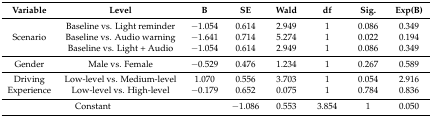
<table><thead><tr><td><b>Variable</b></td><td><b>Level</b></td><td><b>B</b></td><td><b>SE</b></td><td><b>Wald</b></td><td><b>df</b></td><td><b>Sig.</b></td><td><b>Exp(B)</b></td></tr></thead><tbody><tr><td rowspan="3">Scenario</td><td>Baseline vs. Light reminder</td><td>−1.054</td><td>0.614</td><td>2.949</td><td>1</td><td>0.086</td><td>0.349</td></tr><tr><td>Baseline vs. Audio warning</td><td>−1.641</td><td>0.714</td><td>5.274</td><td>1</td><td>0.022</td><td>0.194</td></tr><tr><td>Baseline vs. Light + Audio</td><td>−1.054</td><td>0.614</td><td>2.949</td><td>1</td><td>0.086</td><td>0.349</td></tr><tr><td>Gender</td><td>Male vs. Female</td><td>−0.529</td><td>0.476</td><td>1.234</td><td>1</td><td>0.267</td><td>0.589</td></tr><tr><td rowspan="2">Driving Experience</td><td>Low-level vs. Medium-level</td><td>1.070</td><td>0.556</td><td>3.703</td><td>1</td><td>0.054</td><td>2.916</td></tr><tr><td>Low-level vs. High-level</td><td>−0.179</td><td>0.652</td><td>0.075</td><td>1</td><td>0.784</td><td>0.836</td></tr><tr><td colspan="2">Constant</td><td></td><td>−1.086</td><td>0.553</td><td>3.854</td><td>1</td><td>0.050</td></tr></tbody></table>